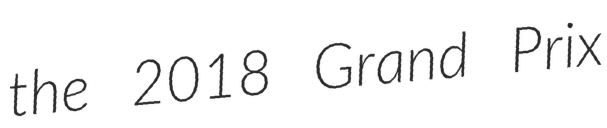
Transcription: the 2018 Grand Prix